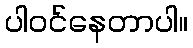
ပါဝင်နေတာပါ။